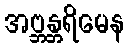
အဗ္ဘန္တရိမေန